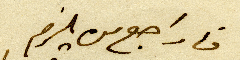
فاراجع من يلزم